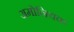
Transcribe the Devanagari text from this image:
अमोनियक